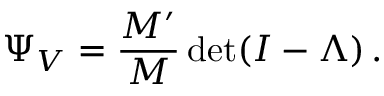
\Psi _ { V } = \frac { M ^ { \prime } } { M } \operatorname* { d e t } ( I - \Lambda ) \, .